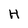
Character: H